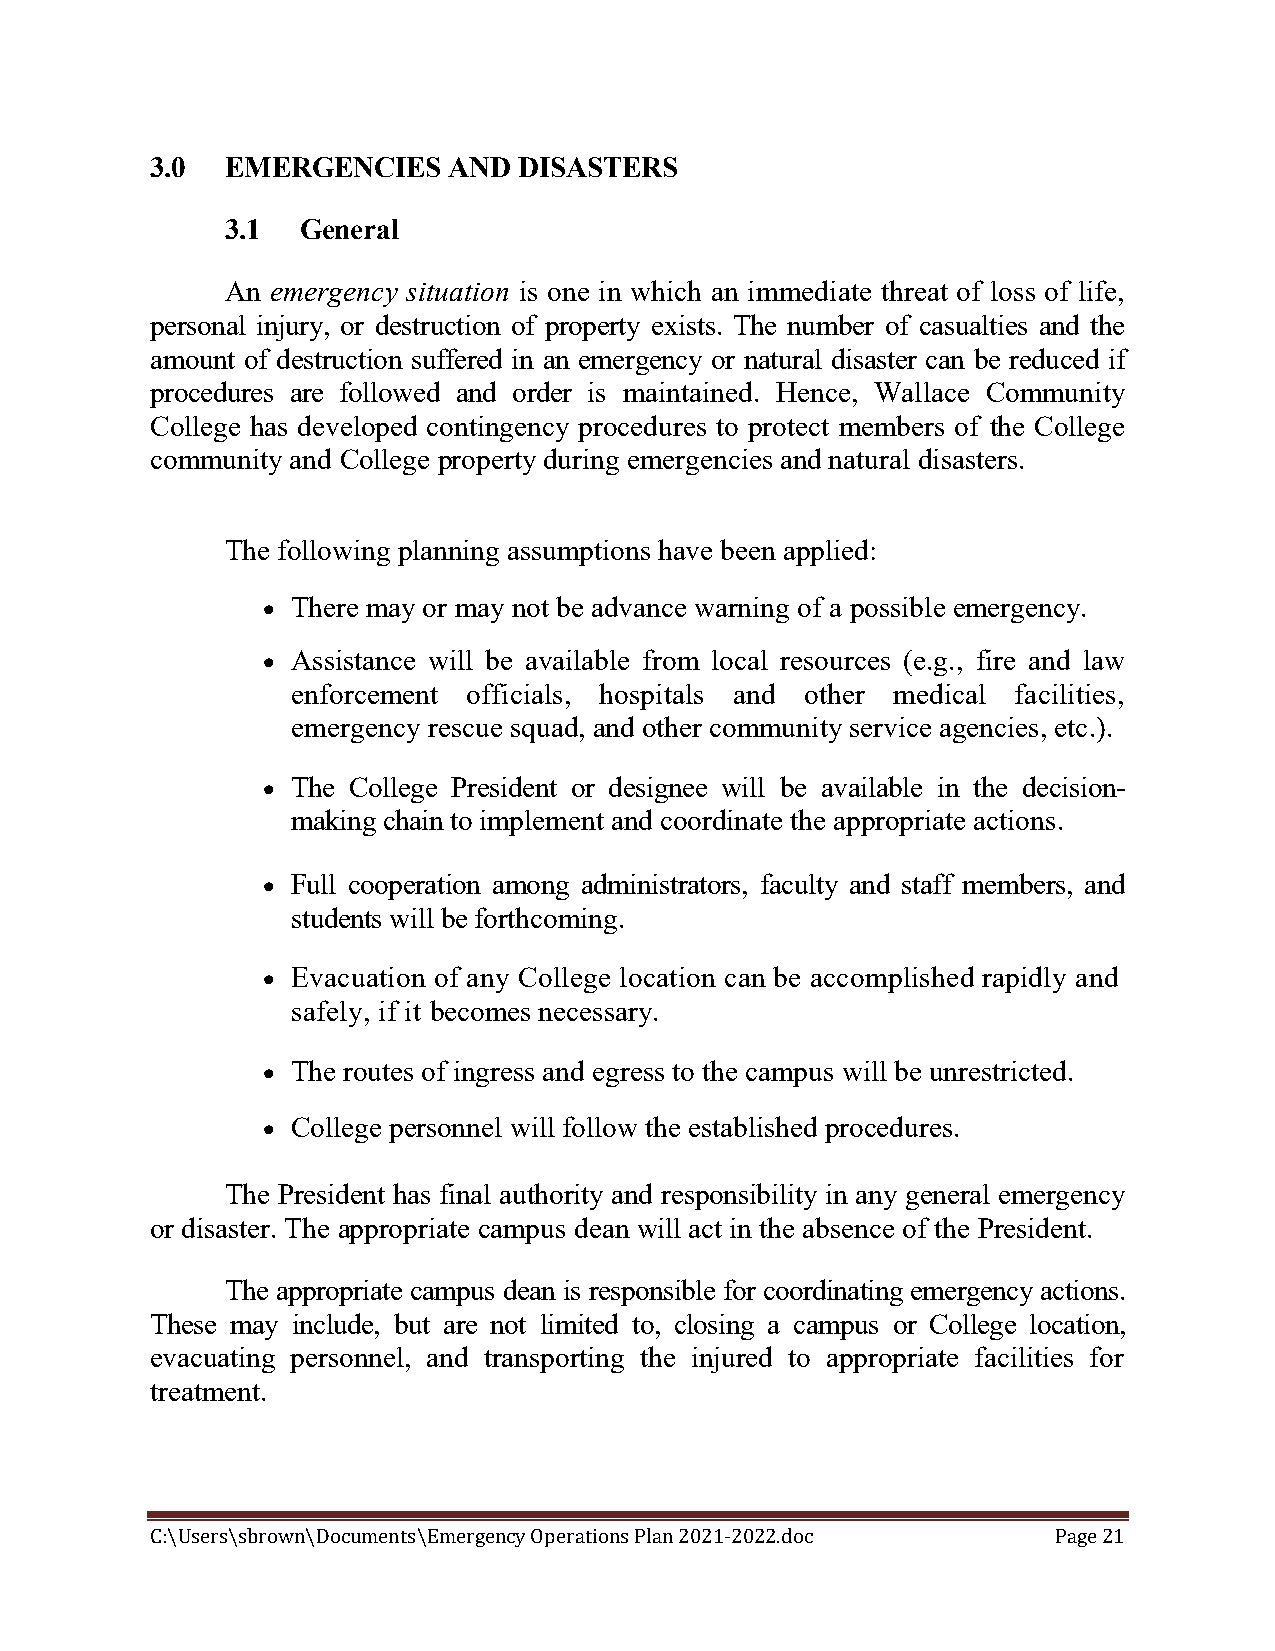
3.0  EMERGENCIES    AND DISASTERS
 3.1  General
 An emergency situation is one in which an immediate threat of loss of life,
 personal injury, or destruction of property exists. The number of casualties and the
 amount of destruction suffered in an emergency or natural disaster can be reduced if
 procedures are followed and order is maintained. Hence, Wallace Community
 College has developed contingency procedures to protect members of the College
 community and College property during emergencies and natural disasters.
 The following planning assumptions have been applied:
  There may or may not be advance warning of a possible emergency.
  Assistance will be available from local resources (e.g., fire and law
 enforcement officials, hospitals and other medical facilities,
 emergency rescue squad, and other community service agencies, etc.).
  The College President or designee will be available in the decision-
 making chain to implement and coordinate the appropriate actions.
  Full cooperation among administrators, faculty and staff members, and
 students will be forthcoming.
  Evacuation of any College location can be accomplished rapidly and
 safely, if it becomes necessary.
  The routes of ingress and egress to the campus will be unrestricted.
  College personnel will follow the established procedures.
 The President has final authority and responsibility in any general emergency
 or disaster. The appropriate campus dean will act in the absence of the President.
 The appropriate campus dean is responsible for coordinating emergency actions.
 These may include, but are not limited to, closing a campus or College location,
 evacuating personnel, and transporting the injured to appropriate facilities for
 treatment.
 C:\Users\sbrown\Documents\Emergency Operations Plan 2021-2022.doc Page 21